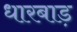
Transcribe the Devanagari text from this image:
धारबाड़